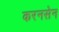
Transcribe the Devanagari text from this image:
करनसेन